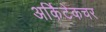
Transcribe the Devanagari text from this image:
अर्किटेकचर